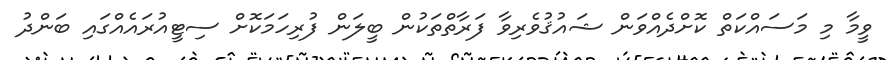
ވީމާ މި މަސައްކަތް ކޮށްދެއްވަން ޝައުޤުވެރިވާ ފަރާތްތަކުން ބީލަން ފުރިހަމަކޮށް ސިޓީއުރައެއްގައި ބަންދު